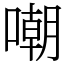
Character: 嘲